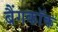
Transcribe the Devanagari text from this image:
बैंगकाॅक